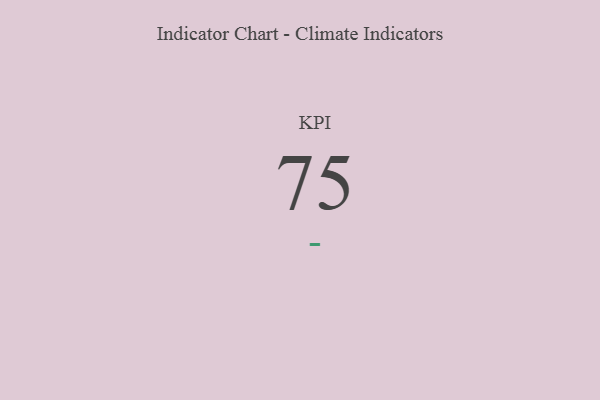
{"axis": {"x": "KPI", "y": "Value"}, "legend": [""], "data": [{"x": "KPI", "y": 75, "type": ""}]}